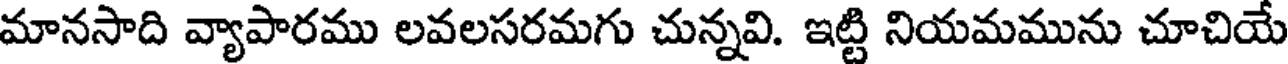
మానసాది వ్యాపారము లవలసరమగు చున్నవి. ఇట్టి నియమమును చూచియే